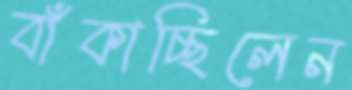
বাঁকাচ্ছিলেন